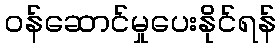
ဝန်ဆောင်မှုပေးနိုင်ရန်